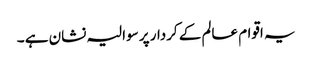
یہ اقوام عالم کے کردار پر سوالیہ نشان ہے ۔